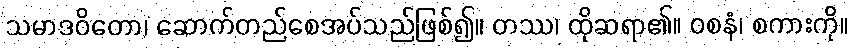
သမာဒဝိတော၊ ဆောက်တည်စေအပ်သည်ဖြစ်၍။ တဿ၊ ထိုဆရာ၏။ ဝစနံ၊ စကားကို။